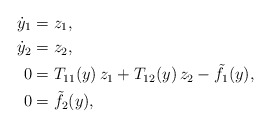
\begin{align*}\dot y_1 &= z_1, \\\dot y_2 &= z_2, \\0 &= T_{11}(y) \,z_1 + T_{12}(y) \, z_2-\tilde f_1(y), \\0 &= \tilde f_2(y),\end{align*}